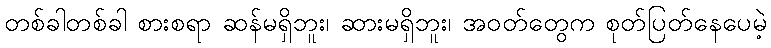
တစ်ခါတစ်ခါ စားစရာ ဆန်မရှိဘူး၊ ဆားမရှိဘူး၊ အဝတ်တွေက စုတ်ပြတ်နေပေမဲ့